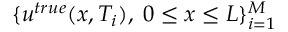
\{ u ^ { t r u e } ( x , T _ { i } ) , \; 0 \leq x \leq L \} _ { i = 1 } ^ { M }